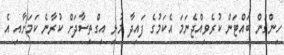
ހިންގުން ބައްޓަން ކުރެވިއްޖެނަމަ އެކަމުގެ ފައިދާ މުޅި އިގްތިސާދަށް ކުރާނެ ކަމަށާއި އެ